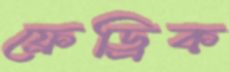
ফ্রেড্রিক